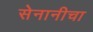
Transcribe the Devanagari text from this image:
सेनानीचा